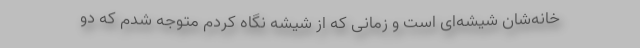
خانه‌شان شیشه‌ای است و زمانی که از شیشه نگاه کردم متوجه شدم که دو